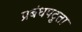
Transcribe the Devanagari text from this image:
प्रबंधपटुता